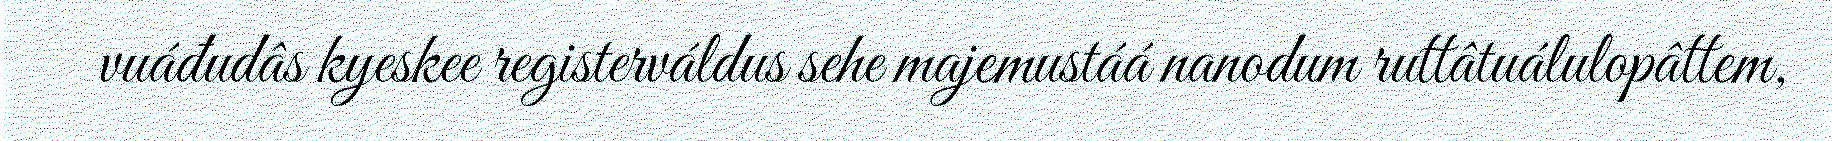
vuáđudâs kyeskee registerváldus sehe majemustáá nanodum ruttâtuálulopâttem,